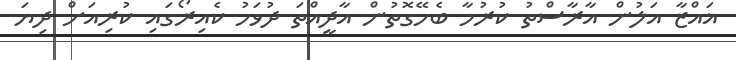
ޣައްޒާ އަލުން އާރާސްތު ކުރުމާ ބެހޭގޮތުން އާދީއްތަ ދުވަހު ކެއިރޯގައި ކުރިއަށް ދިޔަ